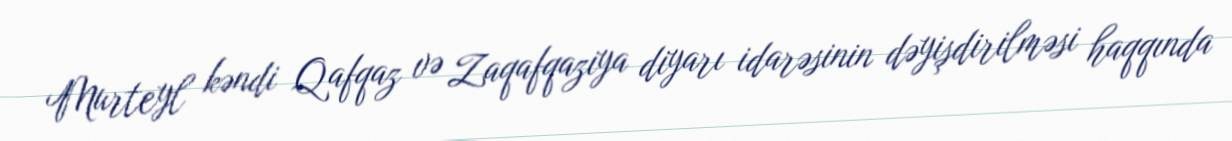
Murteyl kəndi Qafqaz və Zaqafqaziya diyarı idarəsinin dəyişdirilməsi haqqında